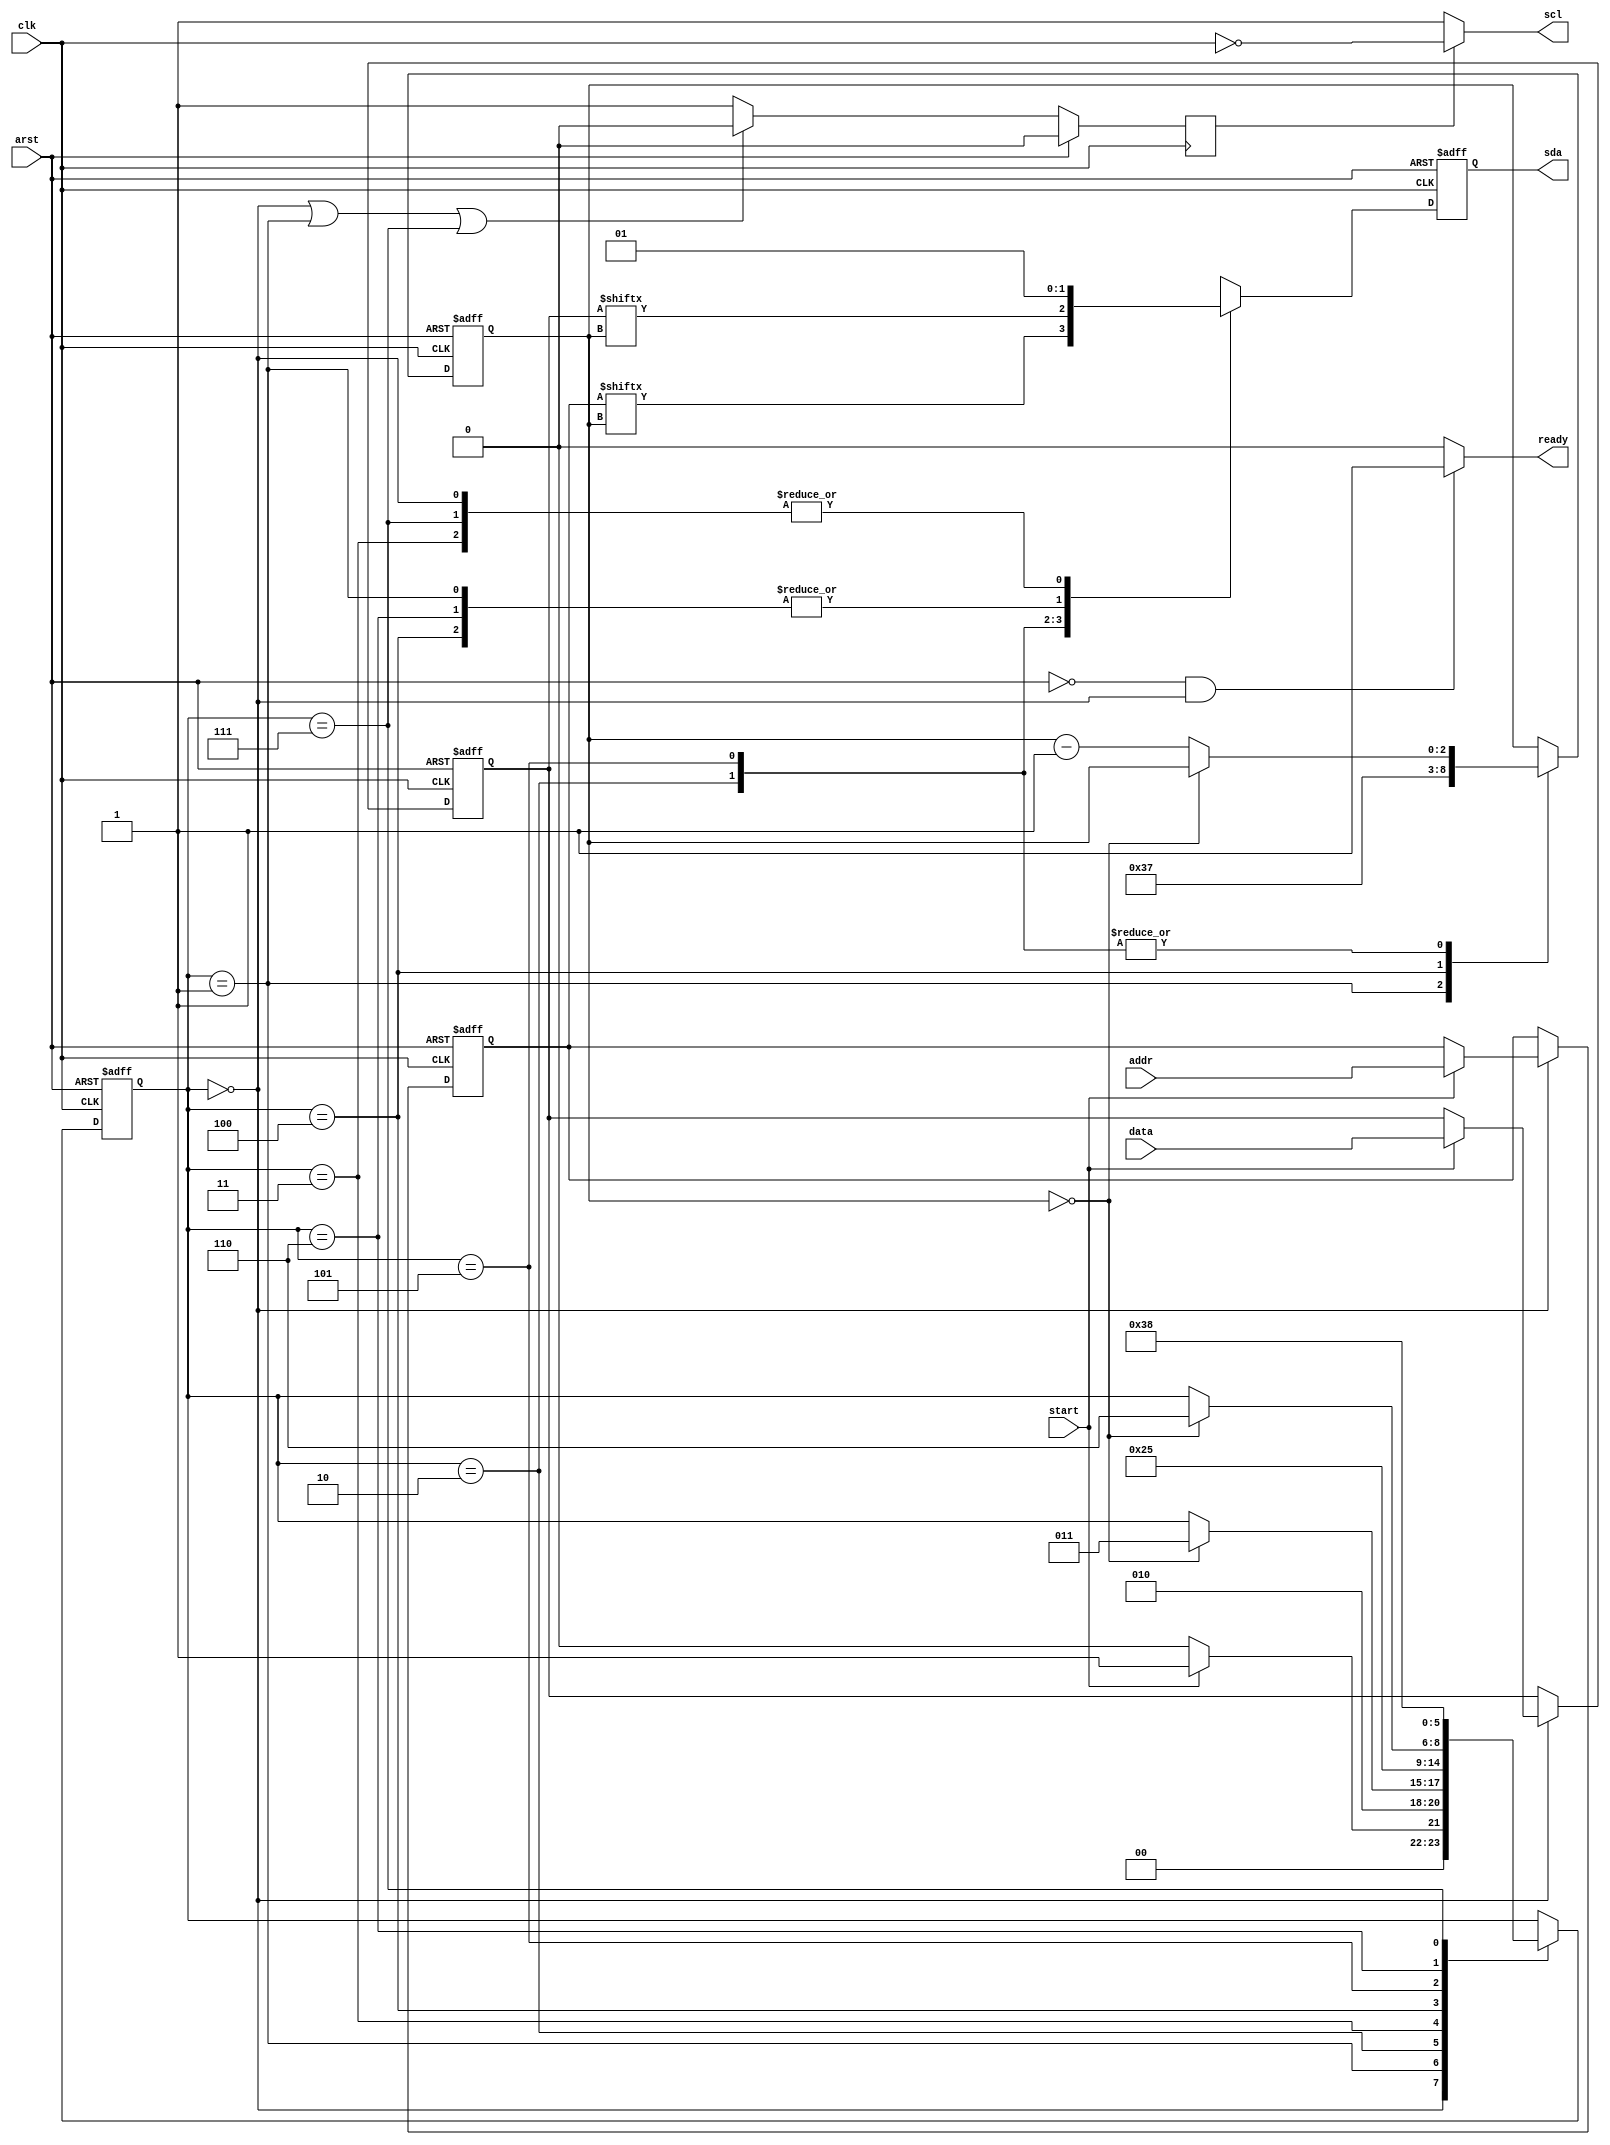
module i2c_fsm #(
    parameter DATA_WIDTH = 8,    
    parameter ADDR_WIDTH = 7
) (
    input  wire                  clk,
    input  wire                  arst,    
    input  wire                  start,
    input  wire [ADDR_WIDTH-1:0] addr,
    input  wire [DATA_WIDTH-1:0] data,
    output wire                  ready,
    output wire                  scl,
    output reg                   sda
);

localparam [2:0] IDLE      = 3'b000,
                 START     = 3'b001,
                 ADDR      = 3'b010,
                 RW        = 3'b011,
                 WACK_ADDR = 3'b100,
                 DATA      = 3'b101,
                 WACK_DATA = 3'b110,
                 STOP      = 3'b111;

reg [ADDR_WIDTH-1:0]         saved_addr;
reg [DATA_WIDTH-1:0]         saved_data;
reg [$clog2(DATA_WIDTH)-1:0] cnt;
reg                          scl_en;
reg [2:0]                    state;

always @(posedge clk or posedge arst) begin
    if (arst) begin
        state      <= IDLE;
        sda        <= 1;
        cnt        <= 0;
        saved_addr <= 0;
        saved_data <= 0;        
    end 
    else begin
        case (state)
            IDLE: begin
                sda <= 1;
                if (start) begin
                    state      <= START;
                    saved_addr <= addr;
                    saved_data <= data;
                end
                else begin
                    state <= IDLE;
                end
            end
            START: begin
                state <= ADDR;
                sda   <= 0;
                cnt   <= ADDR_WIDTH - 1;
            end
            ADDR: begin
                sda <= saved_addr[cnt];
                if (cnt == 0) begin
                    state <= RW;
                end
                else begin
                    cnt <= cnt - 1;
                end
            end
            RW: begin
                state <= WACK_ADDR;
                sda   <= 1;                
            end
            WACK_ADDR: begin
                state <= DATA;
                cnt   <= DATA_WIDTH - 1;
                sda   <= 0;
            end
            DATA: begin
                sda <= saved_data[cnt];
                if (cnt == 0) begin
                    state <= WACK_DATA;
                end
                else begin
                    cnt <= cnt - 1;
                end
            end
            WACK_DATA: begin
                state <= STOP;
                sda   <= 0;
            end
            STOP: begin
                state <= IDLE;
                sda   <= 1;
            end
            default: state <= IDLE;
        endcase
    end
end

always @(negedge clk) begin
    if (arst) begin
        scl_en <= 0;
    end
    else begin
        if ((state == IDLE) || (state == START) || (state == STOP)) begin
            scl_en <= 0;
        end
        else begin
            scl_en <= 1;
        end
    end
end

assign ready = ((arst == 0) && (state == IDLE)) ? 1 : 0;
assign scl   = scl_en ? ~clk : 1;

endmodule